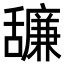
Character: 𦧷